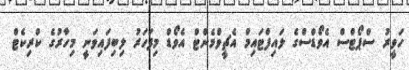
ހަވީރު ސްޕޯޓްސް އެވޯޑްސްގެ ލައިފްޓައިމް އެޗީވްމެންޓް އެވޯޑް މިފަހަރު ލިބިފައިވަނީ މިހާރުގެ ކްރިކެޓް